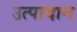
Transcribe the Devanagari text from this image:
उत्पादान